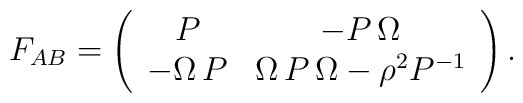
F_{AB}=\left( \begin{array}{ccc}P & -P\,\Omega\\-\Omega \,P&\Omega \,P\, \Omega -\rho^2 P^{-1}\\\end{array} \right).